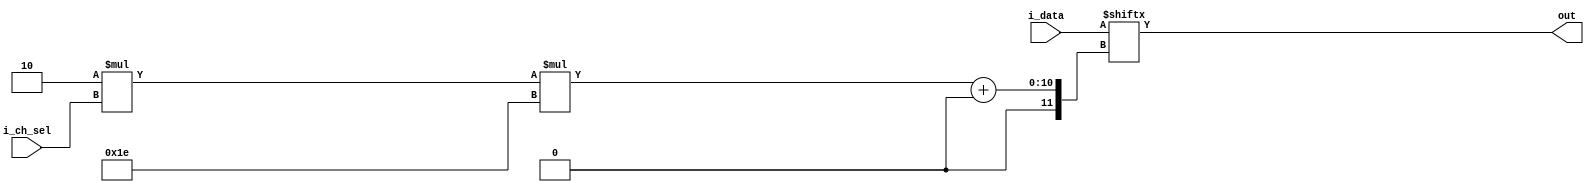
`timescale 1ns / 1ps
//////////////////////////////////////////////////////////////////////////////////
// Company: 
// Engineer: 
// 
// Design Name: 
// Module Name: selector
// Project Name: 
// Target Devices: 
// Tool Versions: 
// Description: 
// 
// Dependencies: 
// 
// Revision:
// Revision 0.01 - File Created
// Additional Comments:
// 
//////////////////////////////////////////////////////////////////////////////////


module selector #( 
    parameter WIDTH = 30,
    parameter IN_CH = 3,
    parameter OUT_NUM = 2
)(
    input [(IN_CH*OUT_NUM*WIDTH)-1:0] i_data,
    input [$clog2(IN_CH):0] i_ch_sel,
    output [(WIDTH*OUT_NUM)-1:0] out
    );

    assign out = i_data[OUT_NUM*i_ch_sel*WIDTH+:OUT_NUM*WIDTH];

endmodule